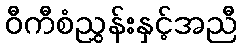
ဝီကီစံညွှန်းနှင့်အညီ